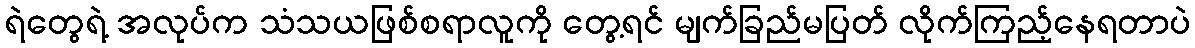
ရဲတွေရဲ့ အလုပ်က သံသယဖြစ်စရာလူကို တွေ့ရင် မျက်ခြည်မပြတ် လိုက်ကြည့်နေရတာပဲ